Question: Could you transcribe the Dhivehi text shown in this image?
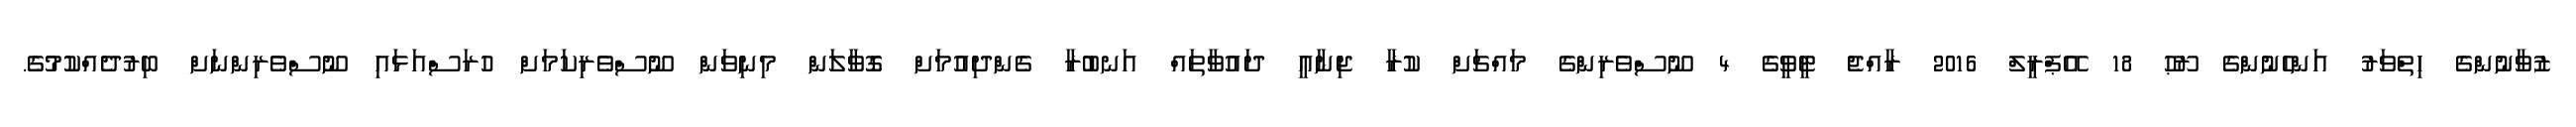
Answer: ޒުވާނުންގެ ހިތްވަރު އަންހެނުންގެ ރޫޙު 18 އޭޕްރީލް 2016 ރާއްޖެ ޓީވީގެ 4 ނޫސްވެރިންގެ މައްޗަށް ކުރާ ޖިނާޢީ ދައުވާތައް އަނބުރާ ގެންދިއުމަށް ގޮވާލަން މިނިވަން ނޫސްވެރިކަމަށް ހުރަސްއަޅައި ނޫސްވެރިންނަށް ބިރުދެއްކުމުގެ.